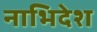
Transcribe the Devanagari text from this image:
नाभिदेश